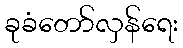
ခုခံတော်လှန်ရေး